Lunatic asylums Madras 1892-1911 - 1892-1911
Year: 1892
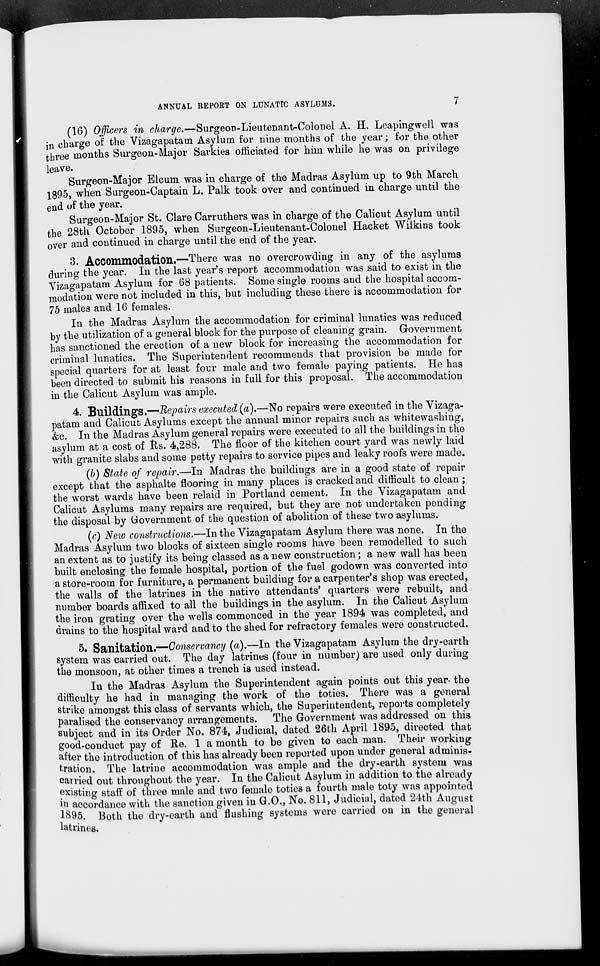
ANNUAL REPORT ON LUNATIC ASYLUMS.
7
(16) Officers in charge.—Surgeon-Lieutenant-Colonel A. H. Leapingwell was
in charge of the Vizagapatam Asylum for nine months of the year; for the other
three months Surgeon-Major Sarkies officiated for him while he was on privilege
leave.
Surgeon-Major Elcum was in charge of the Madras Asylum up to 9th March
1895, when Surgeon-Cap tain L. Palk took over and continued in charge until the
end of the year.
Surgeon-Major St. Clare Carruthers was in charge of the Calicut Asylum until
the 28th October 1895, when Surgeon-Lieutenant-Colonel Hacket Wilkins took
over and coutinued in charge until the end of the year.
3. Accommodation.—There was no overcrowding in any of the asylums
during the year. In the last year's report accommodation was said to exist in the
Vizagapatam Asylum for 68 patients. Some single rooms and the hospital accom-
modation were not included in this, but including these there is accommodation for
75 males and 16 females.
In the Madras Asylum the accommodation for criminal lunatics was reduced
by the utilization of a general block for the purpose of cleaning grain. Government
lias sanctioned the erection of a new block for increasing the accommodation for
criminal lunatics. The Superintendent recommends that provision be made for
special quarters for at least four male and two female paying patients. He has
been directed to submit his reasons in full for this proposal. The accommodation
in the Calicut Asylum was ample.
4. Buildings.—Repairs executed (a).—No repairs were executed in the Vizaga-
patam and Calicut Asylums except the annual minor repairs such as whitewashing,
&c. In the Madras Asylum general repairs were executed to all the buildings in the
asylum at a cost of Its. 4,288. The floor of the kitchen court yard was newly laid
with granite slabs and some petty repairs to service pipes and leaky roofs were made.
(b) State of repair.—In Madras the buildings are in a good state of repair
except that the asphalte flooring in many places is cracked and difficult to clean;
the worst wards have been relaid in Portland cement. In the Vizagapatam and
Calicut Asylums many repairs are required, but they are not undertaken pending
the disposal by Government of the question of abolition of these two asylums.
(c) Neiv constructions.—In the Vizagapatam Asylum there was none. In the
Madras Asylum two blocks of sixteen single rooms have been remodelled to such
an extent as to justify its being classed as a new construction; a new wall has been
built enclosing the female hospital, portion of the fuel godown was converted into
a store-room for furniture, a permanent building for a carpenter's shop was erected,
the walls of the latrines in the native attendants' quarters were rebuilt, and
number boards affixed to all the buildings in the asylum. In the Calicut Asylum
the iron grating over the wells commenced in the year 1894 was completed, and
drains to the hospital ward and to the shed for refractory females were constructed.
5. Sanitation.—Conservancy (a).—In the Vizagapatam Asylum the dry-earth
system was carried out. The day latrines (four in number) are used only during
the monsoon, at other times a trench is used instead.
In the Madras Asylum the Superintendent again points out this year- the
difficulty he had in managing the work of the toties. There was a general
strike amongst this class of servants which, the Superintendent, reports completely
paralised the conservancy arrangements. The Government was addressed on this
subject and in its Order No. 874, Judicial, dated 26th April 1895, directed that
good-conduct pay of Re. 1 a month to be given to each man. Their working
after the introduction of this has already been reported upon undor general adminis-
tration. The latrine accommodation was ample and the dry-earth system was
carried out throughout the year. In the Calicut Asylum in addition to the already
existing staff of three male and two female toties a fourth male toty was appointed
in accordance with the sanction given in G.O., No. 811, Judicial, dated 24th August
1895. Both tho dry-earth and flushing systems were carried on in the general
latrines.